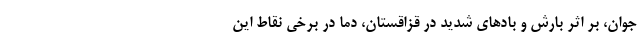
جوان، بر اثر بارش و باد‌های شدید در قزاقستان، دما در برخی نقاط این